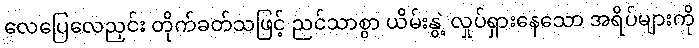
လေပြေလေညှင်း တိုက်ခတ်သဖြင့် ညင်သာစွာ ယိမ်းနွဲ့ လှုပ်ရှားနေသော အရိပ်များကို